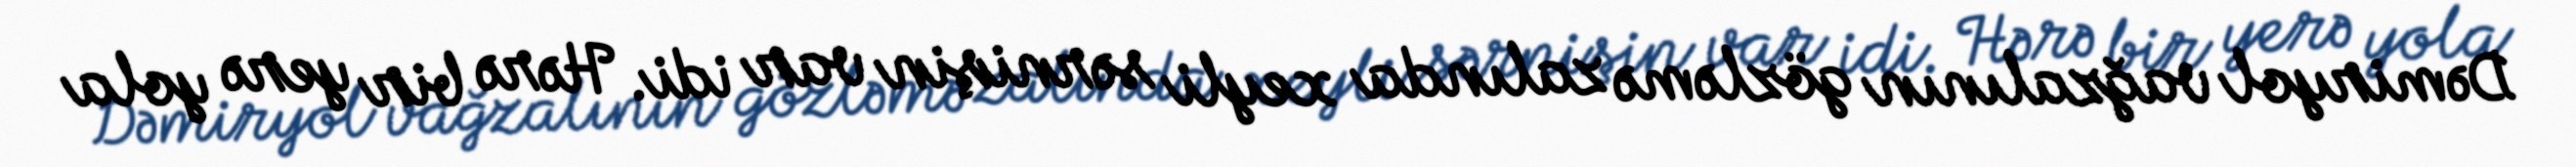
Dəmiryol vağzalının gözləmə zalında xeyli sərnişin var idi. Hərə bir yerə yola